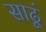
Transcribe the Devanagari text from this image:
साढूं